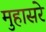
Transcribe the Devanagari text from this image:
मुहासरे